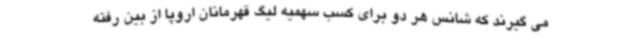
می گیرند که شانس هر دو برای کسب سهمیه لیگ قهرمانان اروپا از بین رفته